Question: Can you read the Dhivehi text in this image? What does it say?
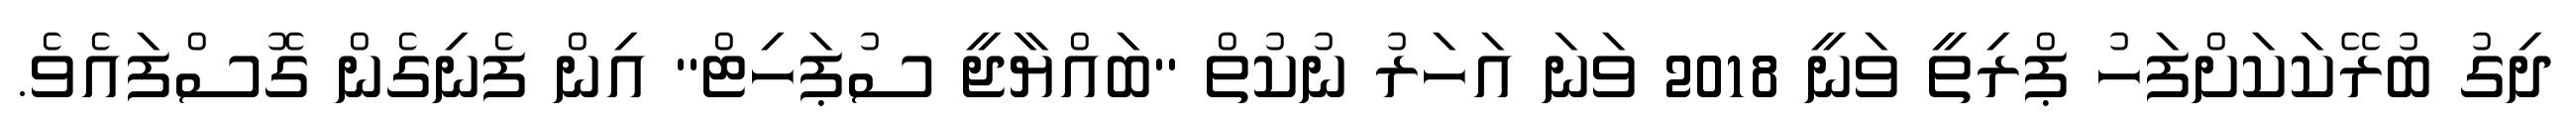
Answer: ދިގު ބުރޭކަކަށްފަހު ޕްރިތީ ވަނީ 2018 ވަނަ އަހަރު ނުކުތް ''ބައްޔާޖީ ސުޕަހިޓް'' އިން ފެނިގެން ގޮސްފައެވެ.